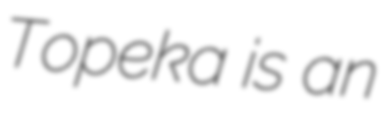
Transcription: Topeka is an